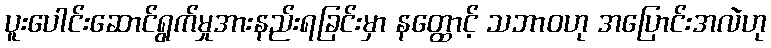
ပူးပေါင်းဆောင်ရွက်မှုအားနည်းရခြင်းမှာ နတ္ထောင့် သဘာဝဟု အပြောင်းအလဲဟု